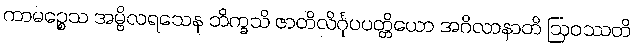
ကာမဉ္စေသ အမ္ဗိလရသေန ဘိက္ခသိ ဇာတိလိင်္ဂုပပတ္တိယော အဂိလာနာတိ ဩဝဿတိ